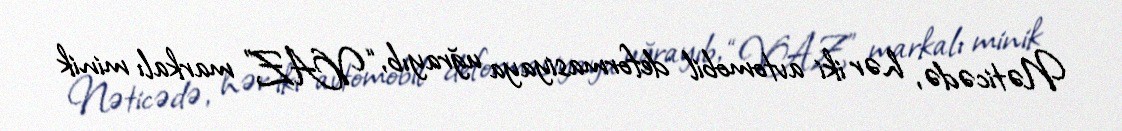
Nəticədə, hər iki avtomobil deformasiyaya uğrayıb, “VAZ” markalı minik